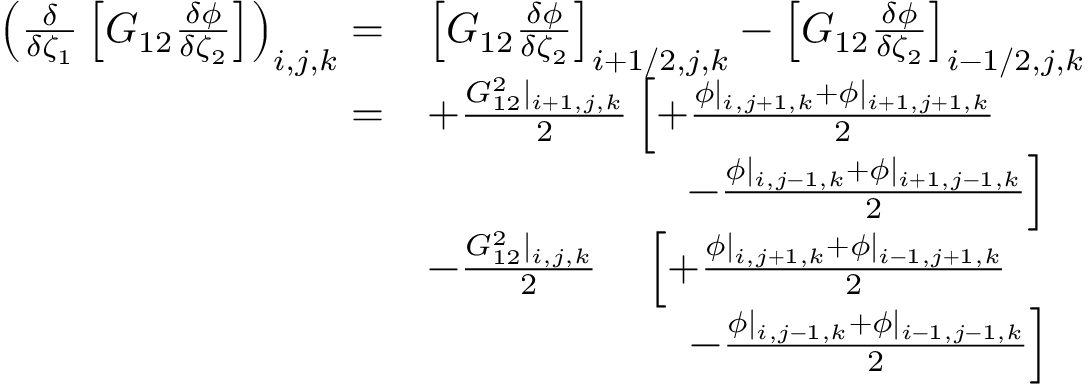
\begin{array} { r l } { \left( \frac { \delta } { \delta \zeta _ { 1 } } \left[ G _ { 1 2 } \frac { \delta \phi } { \delta \zeta _ { 2 } } \right] \right) _ { i , j , k } = } & { \left[ G _ { 1 2 } \frac { \delta \phi } { \delta \zeta _ { 2 } } \right] _ { i + 1 / 2 , j , k } - \left[ G _ { 1 2 } \frac { \delta \phi } { \delta \zeta _ { 2 } } \right] _ { i - 1 / 2 , j , k } } \\ { = } & { + \frac { G _ { 1 2 } ^ { 2 } | _ { i + 1 , j , k } } { 2 } \left[ + \frac { \phi | _ { i , j + 1 , k } + \phi | _ { i + 1 , j + 1 , k } } { 2 } \right. } \\ & { \qquad \qquad \qquad \left. - \frac { \phi | _ { i , j - 1 , k } + \phi | _ { i + 1 , j - 1 , k } } { 2 } \right] } \\ & { - \frac { G _ { 1 2 } ^ { 2 } | _ { i , j , k } } { 2 } \quad \left[ + \frac { \phi | _ { i , j + 1 , k } + \phi | _ { i - 1 , j + 1 , k } } { 2 } \right. } \\ & { \quad \qquad \qquad \: \: \: \: \, \left. - \frac { \phi | _ { i , j - 1 , k } + \phi | _ { i - 1 , j - 1 , k } } { 2 } \right] } \end{array}